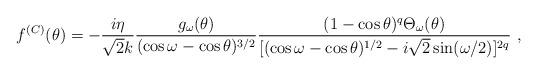
LaTeX: \begin{align*}f^{(C)}(\theta)= -\frac{i\eta}{\sqrt2 k}\frac{g_\omega(\theta)}{(\cos\omega- \cos\theta)^{3/2}}\frac{(1-\cos\theta)^q\Theta_\omega(\theta)}{[(\cos\omega-\cos\theta)^{1/2}-i\sqrt2\sin(\omega/2)]^{2q}} \ ,\end{align*}